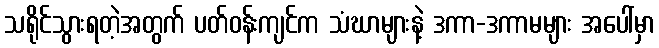
သရိုင်သွားရတဲ့အတွက် ပတ်ဝန်းကျင်က သံဃာများနဲ့ ဒကာ-ဒကာမများ အပေါ်မှာ